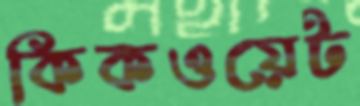
কিকওয়েট